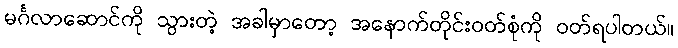
မင်္ဂလာဆောင်ကို သွားတဲ့ အခါမှာတော့ အနောက်တိုင်းဝတ်စုံကို ဝတ်ရပါတယ်။